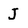
Character: J